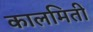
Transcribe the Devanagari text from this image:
कालमिती